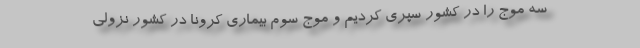
سه موج را در کشور سپری کردیم و موج سوم بیماری کرونا در کشور نزولی